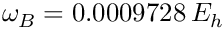
\omega _ { B } = 0 . 0 0 0 9 7 2 8 \, E _ { h }